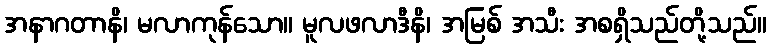
အနာဂတာနိ၊ မလာကုန်သော။ မူလဖလာဒီနိ၊ အမြစ် အသီး အစရှိသည်တို့သည်။